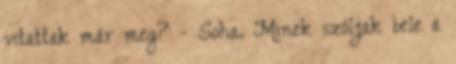
vitattak már meg? - Soha. Minek szóljak bele a